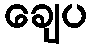
ချေပ